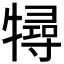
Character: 𤛧